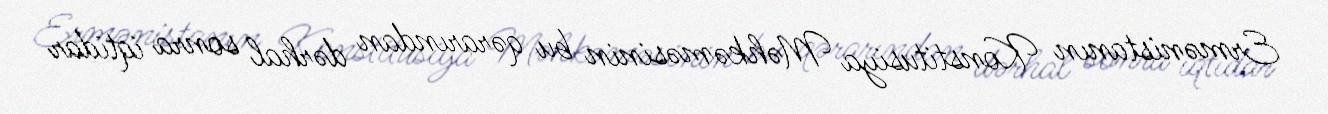
Ermənistanın Konstitusiya Məhkəməsinin bu qərarından dərhal sonra iqtidar